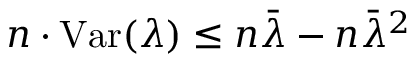
\begin{array} { r } { n \cdot \mathrm { V a r } ( \lambda ) \leq n \bar { \lambda } - n \bar { \lambda } ^ { 2 } } \end{array}